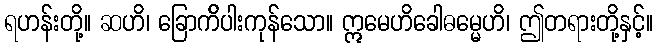
ရဟန်းတို့။ ဆဟိ၊ ခြောက်ိပါးကုန်သော။ ဣမေဟိခေါဓမ္မေဟိ၊ ဤတရားတို့နှင့်။